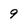
Character: 9